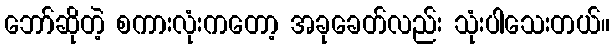
ဘော်ဆိုတဲ့ စကားလုံးကတော့ အခုခေတ်လည်း သုံးပါသေးတယ်။